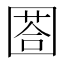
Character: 𡈐